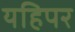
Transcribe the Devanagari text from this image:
यहिपर